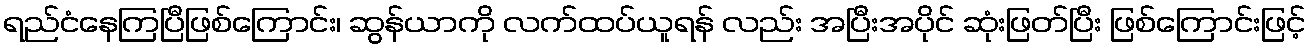
ရည်ငံနေကြပြီဖြစ်ကြောင်း၊ ဆွန်ယာကို လက်ထပ်ယူရန် လည်း အပြီးအပိုင် ဆုံးဖြတ်ပြီး ဖြစ်ကြောင်းဖြင့်